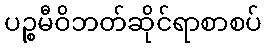
ပဉ္စမီဝိဘတ်ဆိုင်ရာစာစပ်